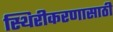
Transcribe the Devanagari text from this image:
स्थिरीकरणासाठी